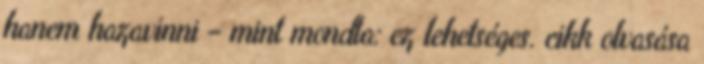
hanem hazavinni – mint mondta: ez lehetséges. cikk olvasása